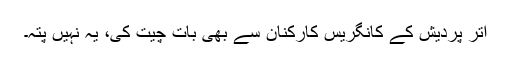
اتر پردیش کے کانگریس کارکنان سے بھی بات چیت کی، یہ نہیں پتہ۔